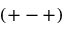
( + - + )